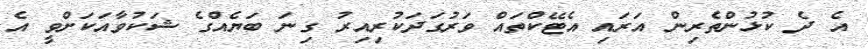
އެ ދެ ކުޅުންތެރިން އަރައި އެޓޭކްތައް ވަރުގަދަކުރިއިރު ގިނަ ބަޔެއްގެ ޝަކުވާއަކަށްވީ އެ